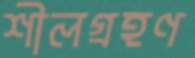
শীলগ্রহণ